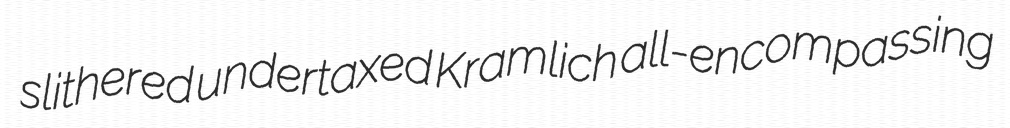
slithered undertaxed Kramlich all-encompassing